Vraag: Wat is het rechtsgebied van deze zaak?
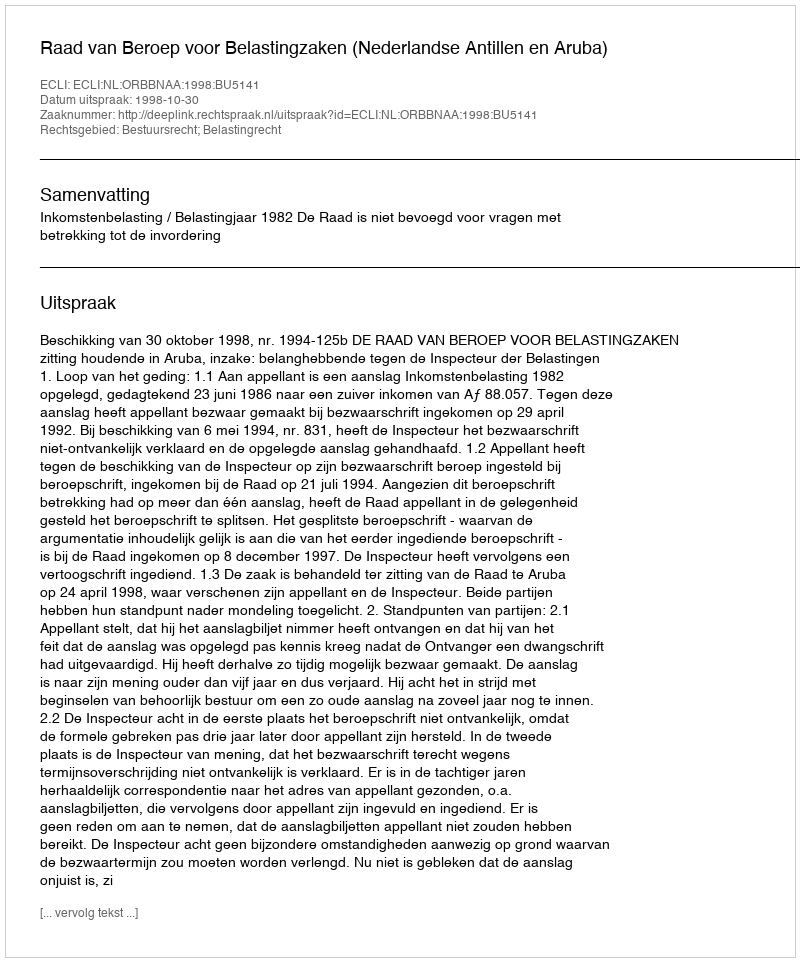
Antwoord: Bestuursrecht; Belastingrecht